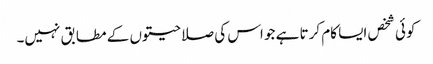
کوئی شخص ایسا کام کرتا ہے جو اس کی صلاحیتوں کے مطابق نہیں۔